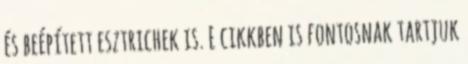
és beépített esztrichek is. E cikkben is fontosnak tartjuk